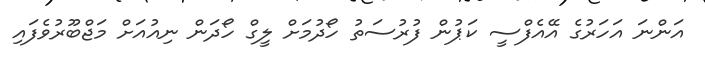
އަންނަ އަހަރުގެ އޭއެފްސީ ކަޕުން ފުރުސަތު ހޯދުމަށް ލީގް ހޯދަން ނިއުއަށް މަޖްބޫރުވެފައި